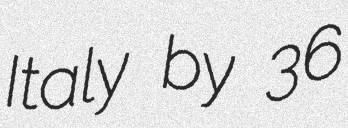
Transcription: Italy by 36